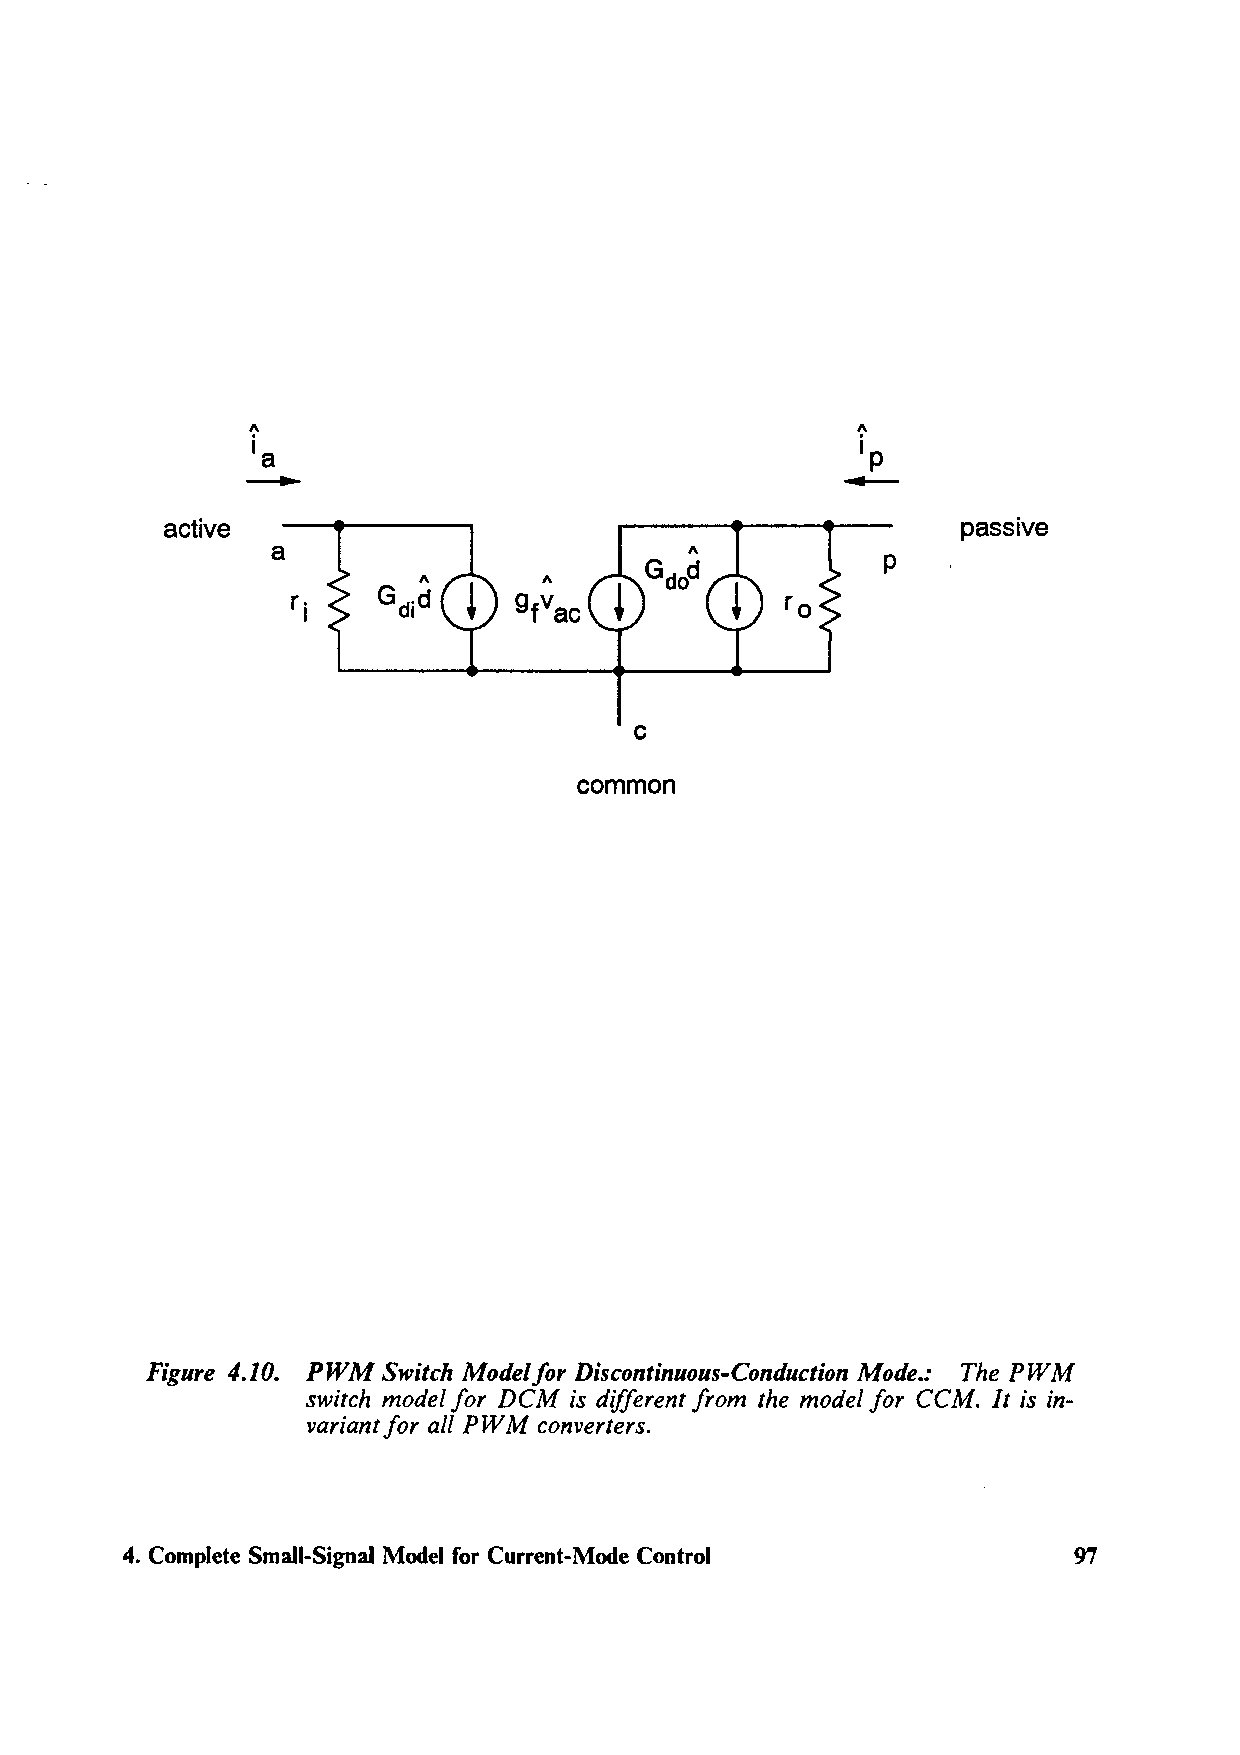
I\                                       I\
 ia                                      ip
 ----                                    ..__
 active                                               passive
 a
 p
 I\      I\
 r.    Gdid     gfvac             ro
 I
 C
 common
 Figure 4.10. PWM Switch Model/or Discontinuous-Conduction Mode.: The PWM
 switch model for DCM is different from the model for CCM. It is in-
 variant for all PWM converters.
 4. Complete Small-Signal Model for Current-Mode Control        97